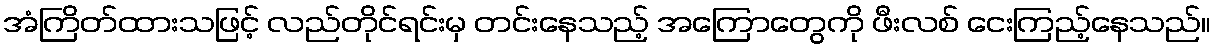
အံကြိတ်ထားသဖြင့် လည်တိုင်ရင်းမှ တင်းနေသည့် အကြောတွေကို ဖီးလစ် ငေးကြည့်နေသည်။